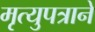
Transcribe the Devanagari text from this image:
मृत्युपत्राने